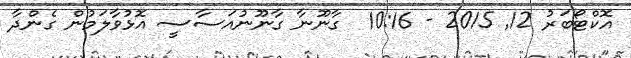
އޮކްޓޯބަރު 12